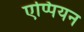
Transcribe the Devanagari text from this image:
एप्पियन